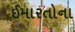
ઈમારતોના